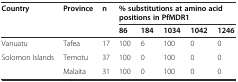
<table><thead><tr><td rowspan="2"><b>Country</b></td><td rowspan="2"><b>Province</b></td><td rowspan="2"><b>n</b></td><td colspan="5"><b>% substitutions at amino acid positions in PfMDR1</b></td></tr><tr><td><b>86</b></td><td><b>184</b></td><td><b>1034</b></td><td><b>1042</b></td><td><b>1246</b></td></tr></thead><tbody><tr><td>Vanuatu</td><td>Tafea</td><td>17</td><td>100</td><td>6</td><td>100</td><td>0</td><td>0</td></tr><tr><td rowspan="2">Solomon Islands</td><td>Temotu</td><td>37</td><td>100</td><td>0</td><td>100</td><td>0</td><td>0</td></tr><tr><td>Malaita</td><td>31</td><td>100</td><td>0</td><td>100</td><td>0</td><td>0</td></tr></tbody></table>